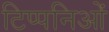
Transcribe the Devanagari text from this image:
टिप्पनिओं